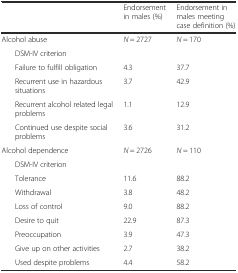
| <COLSPAN=2>  | Endorsement in males (%) | Endorsement in males meeting case definition (%) |
 | --- | --- | --- | --- |
 | <COLSPAN=2> Alcohol abuse | N = 2727 | N = 170 |
 |  | DSM-IV criterion |  |  |
 |  | Failure to fulfill obligation | 4.3 | 37.7 |
 |  | Recurrent use in hazardous situations | 3.7 | 42.9 |
 |  | Recurrent alcohol related legal problems | 1.1 | 12.9 |
 |  | Continued use despite social problems | 3.6 | 31.2 |
 | <COLSPAN=2> Alcohol dependence | N = 2726 | N = 110 |
 |  | DSM-IV criterion |  |  |
 |  | Tolerance | 11.6 | 88.2 |
 |  | Withdrawal | 3.8 | 48.2 |
 |  | Loss of control | 9.0 | 88.2 |
 |  | Desire to quit | 22.9 | 87.3 |
 |  | Preoccupation | 3.9 | 47.3 |
 |  | Give up on other activities | 2.7 | 38.2 |
 |  | Used despite problems | 4.4 | 58.2 |